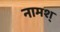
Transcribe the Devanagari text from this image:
नामश्